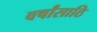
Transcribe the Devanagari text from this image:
वर्षांसाठि